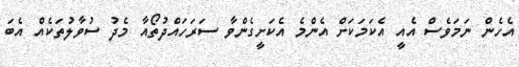
އެހެން ނަމަވެސް އެއީ އެކަމަކަށް އެންމެ އެކަށީގެންވާ ސަރަހައްދުތޯއާ މެދު ސުވާލުތަކެއް އެބަ